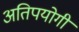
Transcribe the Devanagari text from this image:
अतिपयोगी